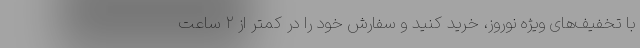
با تخفیف‌های ویژه نوروز، خرید کنید و سفارش خود را در کمتر از ۲ ساعت